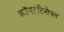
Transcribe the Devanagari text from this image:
कॉन्स्टंटिनोपल